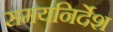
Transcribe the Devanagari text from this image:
समयनिर्देश